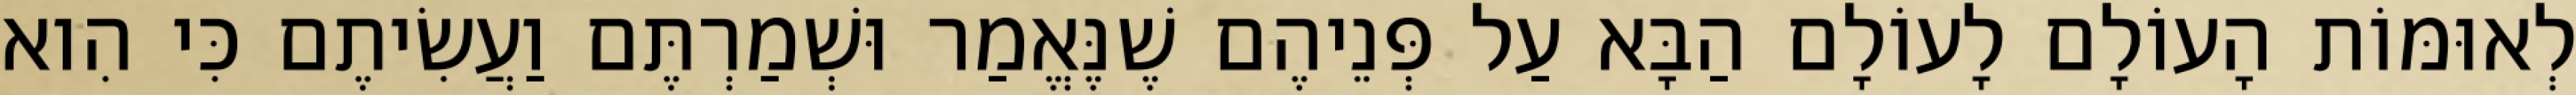
לְאוּמּוֹת הָעוֹלָם לָעוֹלָם הַבָּא עַל פְּנֵיהֶם שֶׁנֶּאֱמַר וּשְׁמַרְתֶּם וַעֲשִׂיתֶם כִּי הִוא